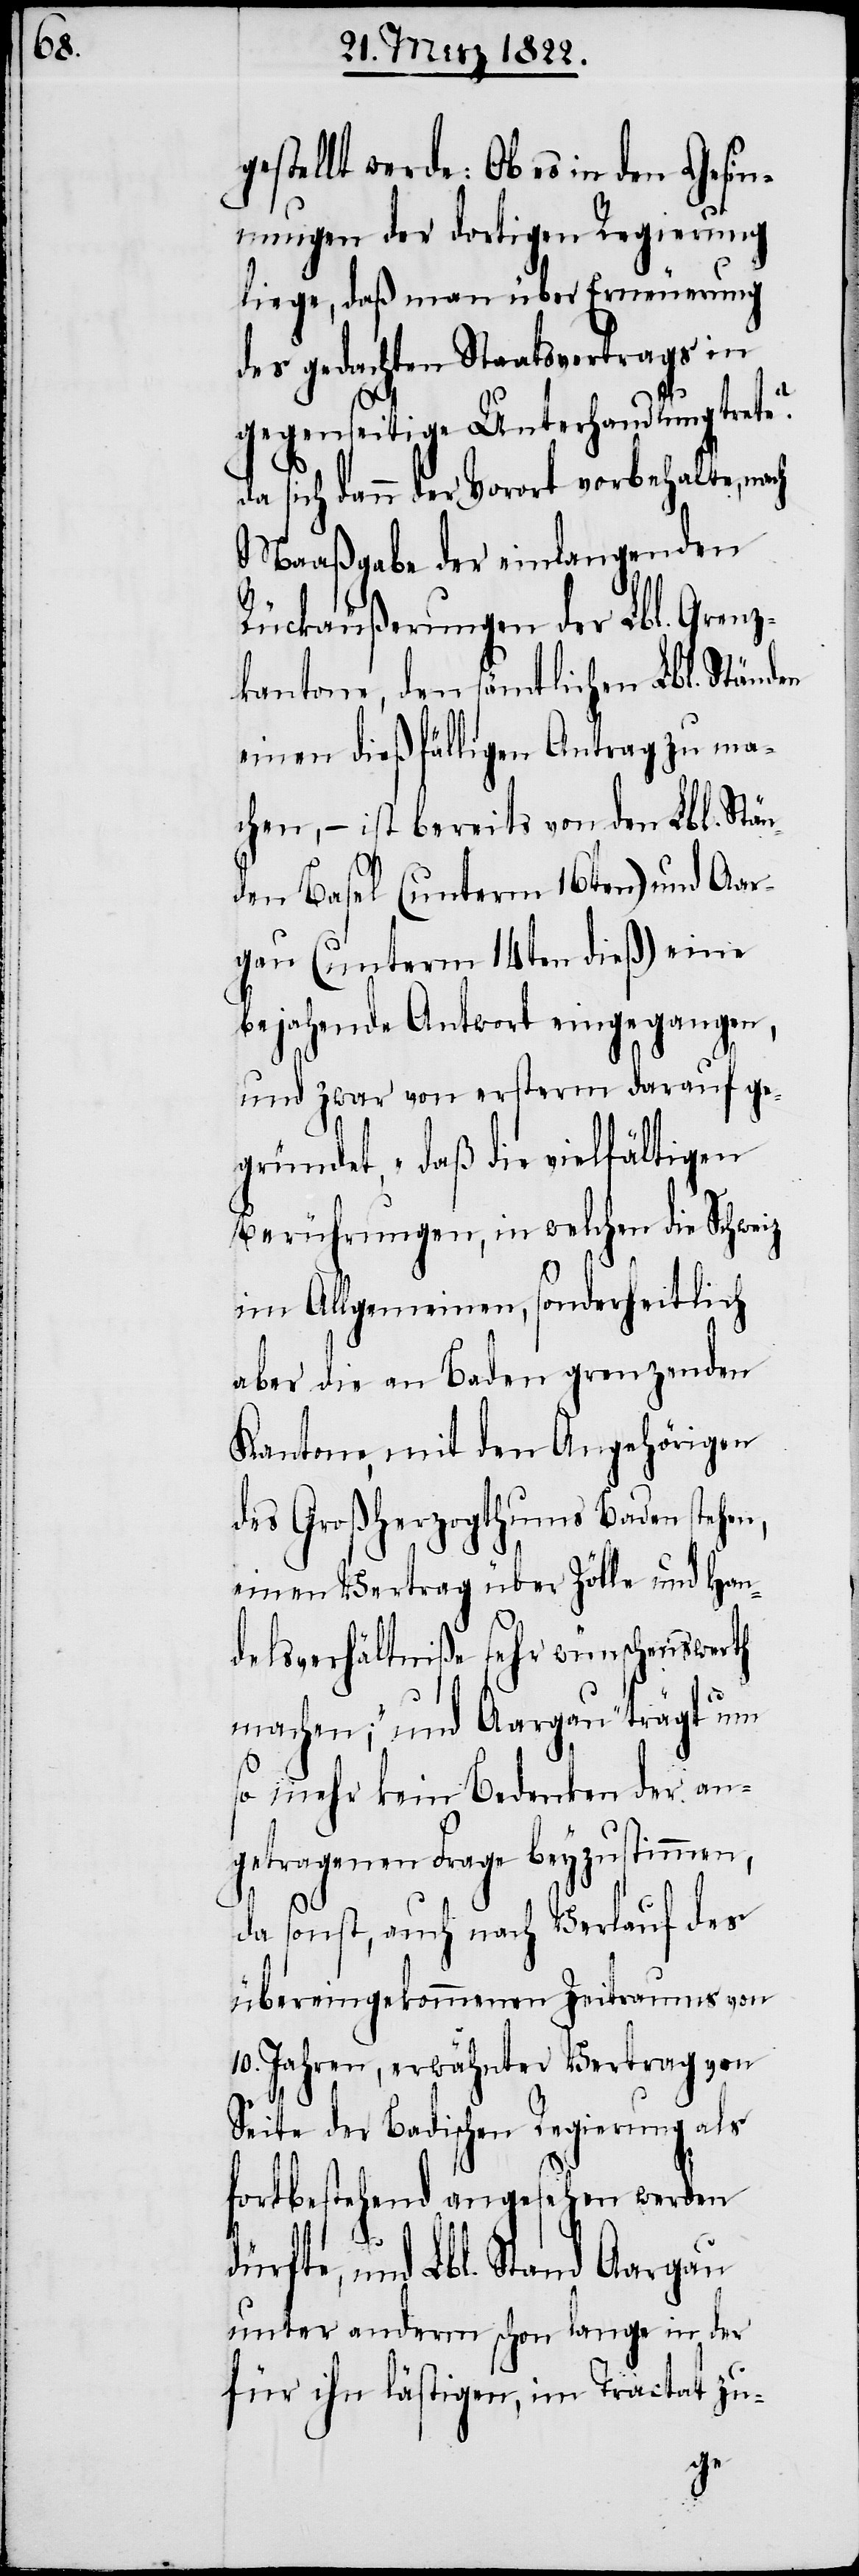
gestellt werde: Ob es in den Gesin¬
nungen der dortigen Regierung
liege, daß man über Erneuerung
des gedachten Staatsvertrags in
gegenseitige Unterhandlung trete?
da sich dann der Vorort vorbehalte, nach
Maaßgabe der einlangenden
Rückäußerungen der Lbl. Gren¬
antone, den sämtlichen Lbl. Ständen
einen dießfälligen Antrag zu ma¬
chen, – ist bereits von den Lbl. Stän¬
den Basel (unterm 16ten) und Aar¬
gau (unterm 14ten dieß) eine
bejahende Antwort eingegangen,
und zwar von ersterm darauf ge¬
gründet, „daß die vielfältigen
Berührungen, in welchen die Schweiz
im Allgemeinen, sonderheitlich
aber die an Baden grenzenden
Kantone, mit den Angehörigen
des Großherzogthums Baden stehen,
einen Vertrag über Zölle und Han¬
delsverhältniße sehr wünschenswerth
machen;“ und Aargau: „trägt um
so mehr kein Bedenken der an¬
getragenen Frage beyzustimmen,
da sonst, auch nach Verlauf des
übereinkommenden Zeitraums von
10. Jahren, erwähnter Vertrag von
Seite der Badischen Regierung als
fortbestehend angesehen werden
dürfte, und Lbl. Stand Aargau,
unter anderm schon lange in der
für ihn lästigen, im Tractat zu-
z-K¬